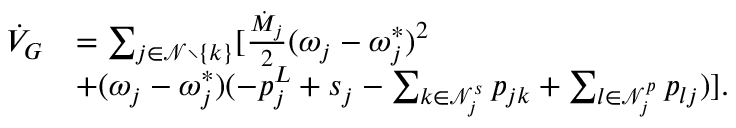
\begin{array} { r l } { \dot { V } _ { G } } & { = \sum _ { j \in \mathcal { N } \setminus \{ k \} } [ \frac { \dot { M } _ { j } } { 2 } ( \omega _ { j } - \omega _ { j } ^ { * } ) ^ { 2 } } \\ & { + ( \omega _ { j } - \omega _ { j } ^ { * } ) ( - p _ { j } ^ { L } + s _ { j } - \sum _ { k \in \mathcal { N } _ { j } ^ { s } } p _ { j k } + \sum _ { l \in \mathcal { N } _ { j } ^ { p } } p _ { l j } ) ] . } \end{array}